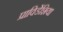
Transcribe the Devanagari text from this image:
प्राविडेंशिया